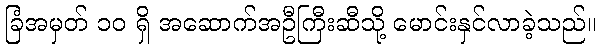
ခြံအမှတ် ၁၀ ရှိ အဆောက်အဦကြီးဆီသို့ မောင်းနှင်လာခဲ့သည်။